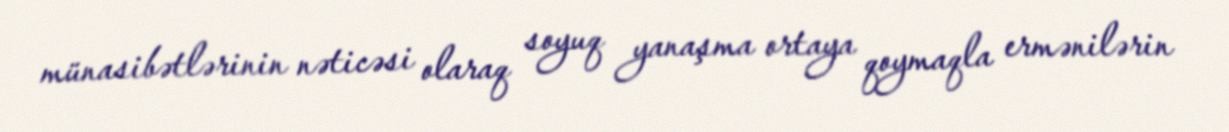
münasibətlərinin nəticəsi olaraq soyuq yanaşma ortaya qoymaqla ermənilərin